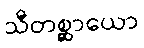
သီတစ္ဆာယော